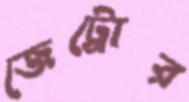
জেট্রোর